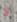
لا